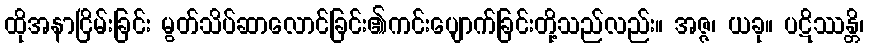
ထိုအနာငြိမ်းခြင်း မွတ်သိပ်ဆာလောင်ခြင်း၏ကင်းပျောက်ခြင်းတို့သည်လည်း။ အဇ္ဇ၊ ယခု။ ပဋိဿန္တိ၊